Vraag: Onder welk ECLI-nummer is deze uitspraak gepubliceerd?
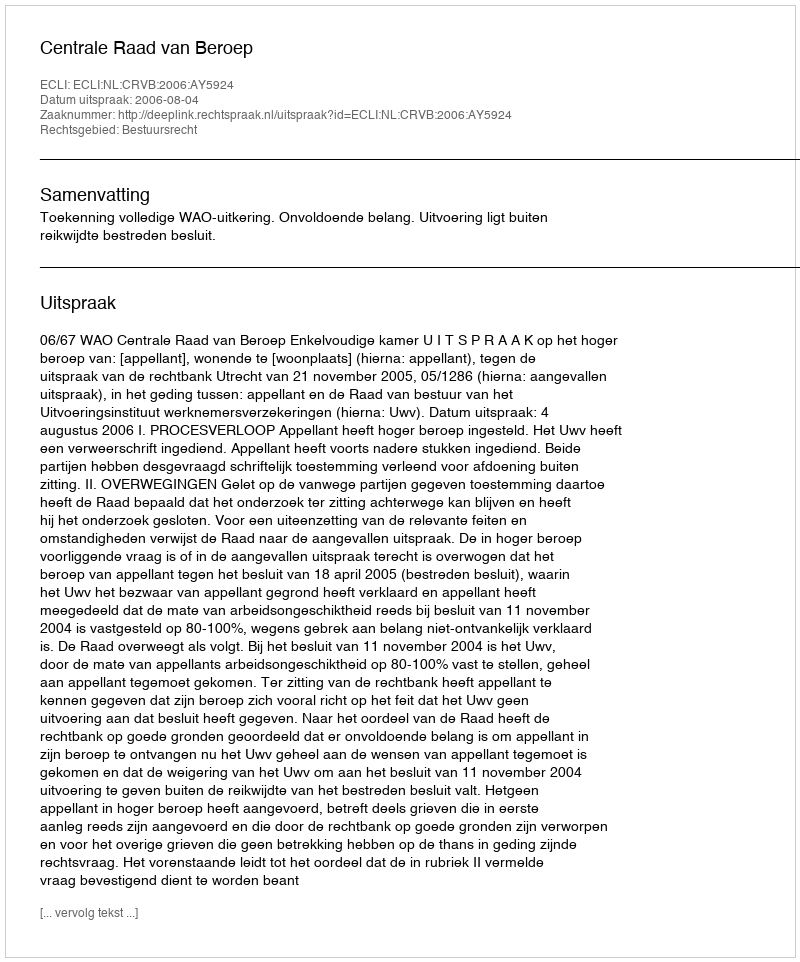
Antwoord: ECLI:NL:CRVB:2006:AY5924